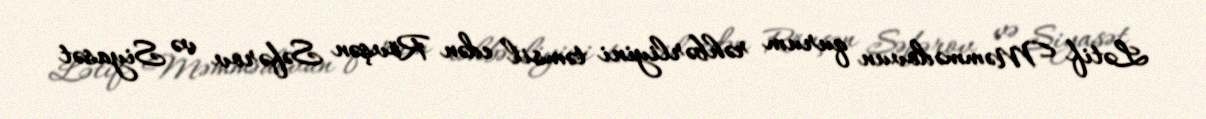
Lətif Məmmədovun qurum rəhbərliyini təmsil edən Rövşən Səfərov və Siyasət